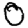
Digit: 0